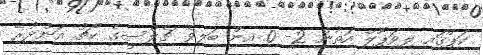
ކަޕްގައި ލިވަޕޫލް އަތުން 2- 0 އިން ބަލިވެ ޗެލްސީގެ ކޯޗު އަންދުރޭ